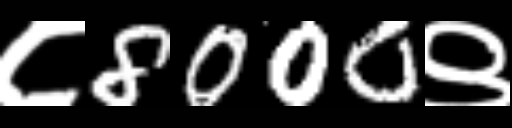
Text: ८8000९